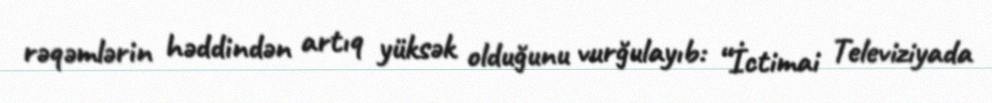
rəqəmlərin həddindən artıq yüksək olduğunu vurğulayıb: “İctimai Televiziyada